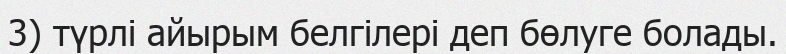
3) түрлі айырым белгілері деп бөлуге болады.